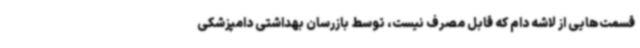
قسمت‌هایی از لاشه دام که قابل مصرف نیست، توسط بازرسان بهداشتی دامپزشکی